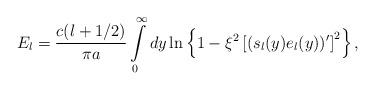
LaTeX: \begin{align*}E_l=\frac{c(l+1/2)}{\pi a}\int\limits_{0}^{\infty}dy \ln \left \{1-\xi ^2\left [(s_l(y) e_l(y))'\right ]^2\right \},\end{align*}